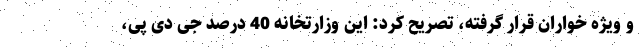
و ویژه خواران قرار گرفته، تصریح کرد: این وزارتخانه 40 درصد جی دی پی،